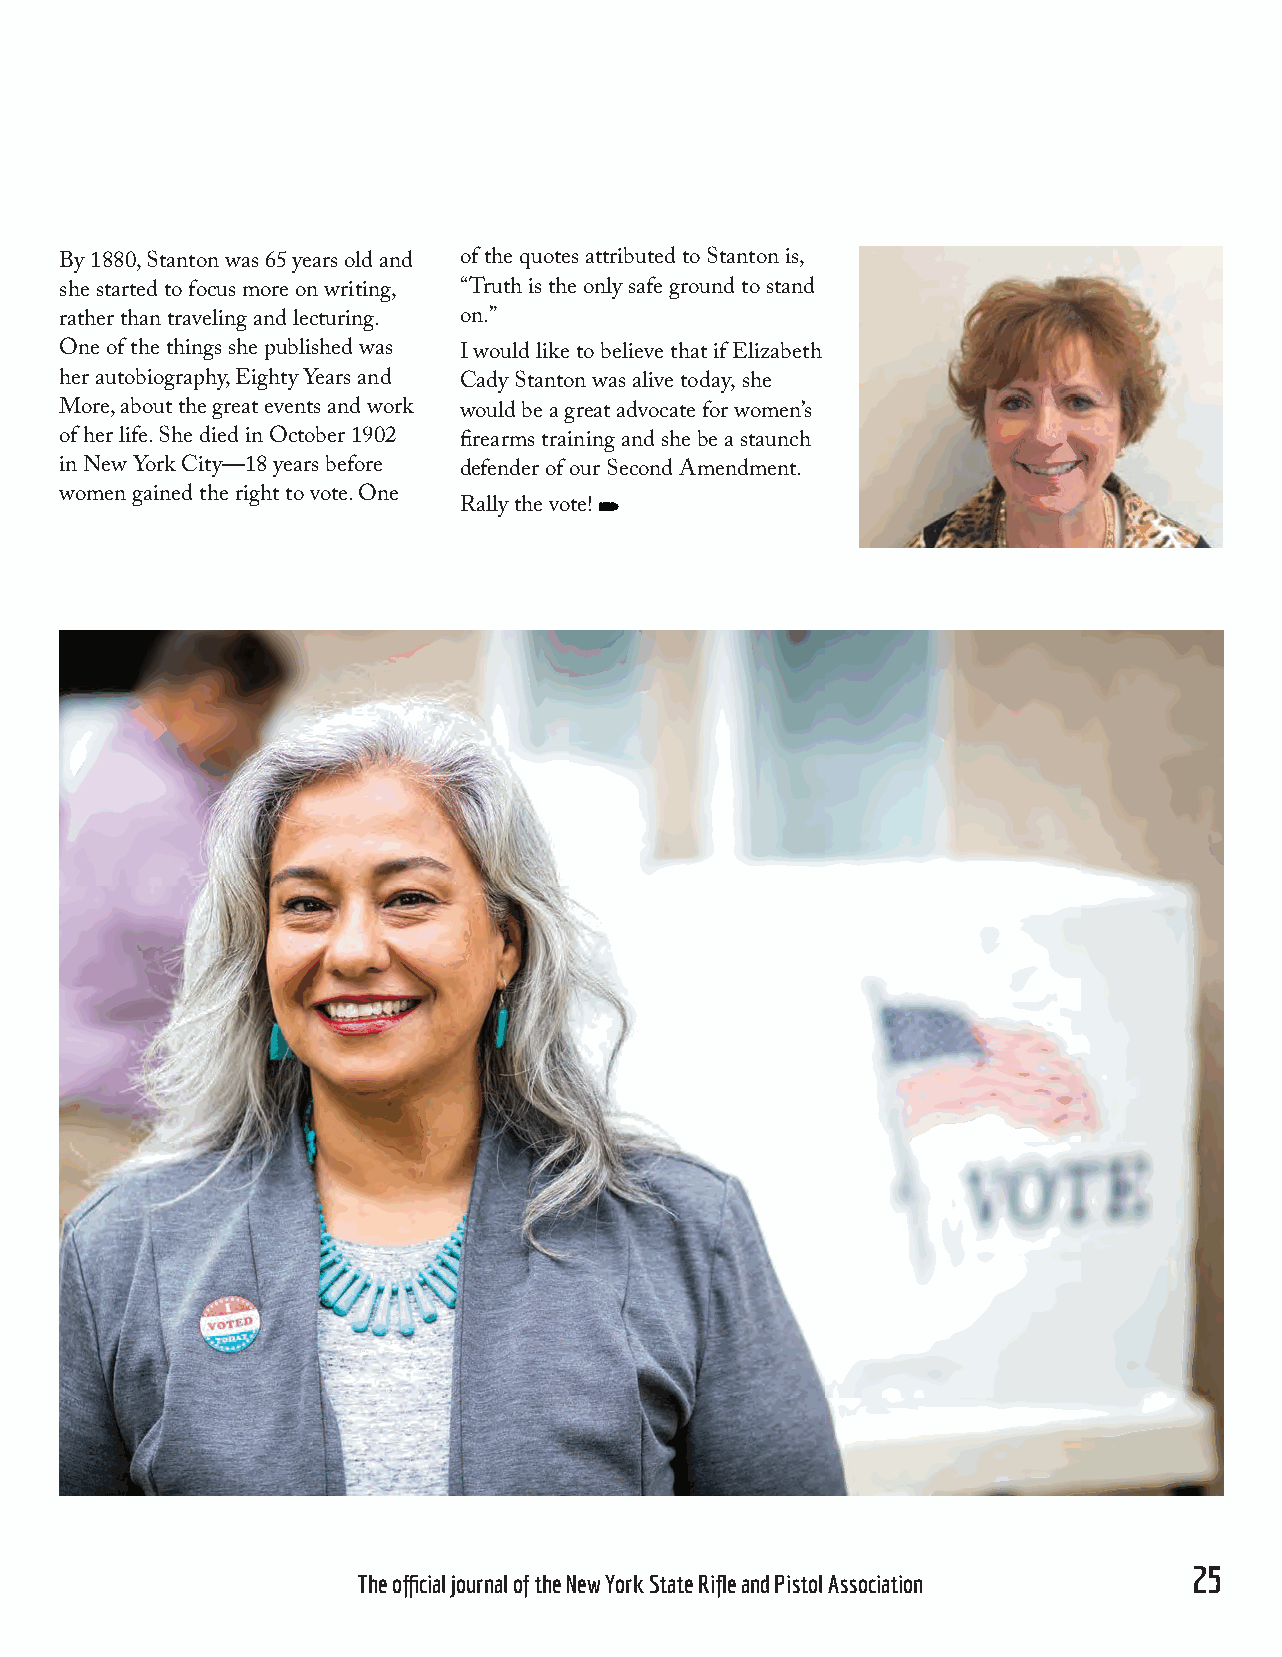
By 1880, Stanton was 65 years old and of the quotes attributed to Stanton is,
 she started to focus more on writing, “Truth is the only safe ground to stand
 rather than traveling and lecturing. on.”
 One of the things she published was I would like to believe that if Elizabeth
 her autobiography, Eighty Years and Cady Stanton was alive today, she
 More, about the great events and work would be a great advocate for women’s
 of her life. She died in October 1902 firearms training and she be a staunch
 in New York City—18 years before defender of our Second Amendment.
 women gained the right to vote. One
 Rally the vote!
 24                                                                                  25
 BULLET magazine              The official journal of the New York State Rifle and Pistol Association
 NNyyssrrppaa 111166881133 BBuulllleett AApprr2200FF..iinndddd 2255       33//1188//22002200 1100::0000::3333 AAMM